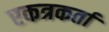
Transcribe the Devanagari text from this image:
एकत्रकर्ता